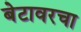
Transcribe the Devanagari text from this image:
बेटावरचा